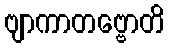
ဗျာကာတဗ္ဗောတိ